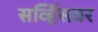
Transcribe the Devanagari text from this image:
सर्व्हिसवर